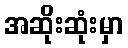
အဆိုးဆုံးမှာ